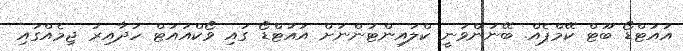
އައުޓްޑޯ ބޫޓް ކޭމްޕެއް. ބޭނުންވަނީ ކްލައިންޓުންނަށް އައުޓްޑޯ ގައި ވޯކްއައުޓް ހަދާއިރު ޖިމެއްގައި